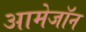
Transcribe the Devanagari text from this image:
आमेजॉन